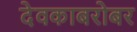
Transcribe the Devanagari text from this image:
देवकाबरोबर